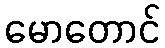
မောတောင်